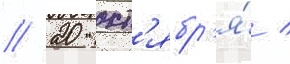
// 20 окт'ябр'я́ /